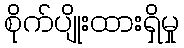
စိုက်ပျိုးထားရှိမှု